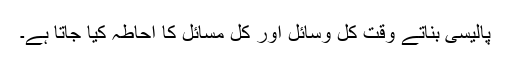
پالیسی بناتے وقت کل وسائل اور کل مسائل کا احاطہ کیا جاتا ہے۔